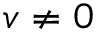
v \ne 0